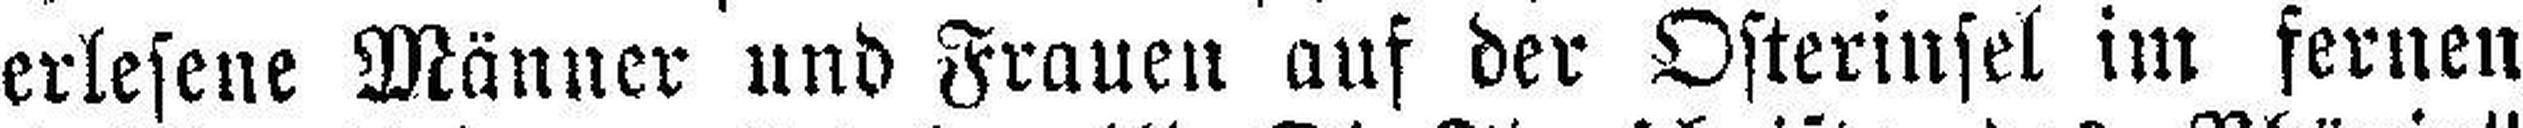
erlesene Männer und Frauen auf der Osterinsel im fernen